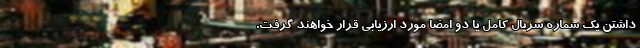
داشتن یک شماره سریال کامل یا دو امضا مورد ارزیابی قرار خواهند گرفت.